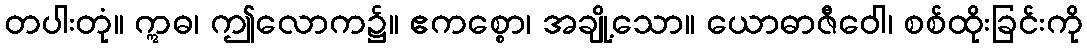
တပါးတုံ။ ဣဓ၊ ဤလောက၌။ ဧကစ္စော၊ အချို့သော။ ယောဓာဇီဝေါ၊ စစ်ထိုးခြင်းကို